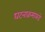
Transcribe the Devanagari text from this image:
घटनाक्रमाकडे